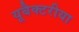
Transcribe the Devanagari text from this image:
यूबैक्टरीया